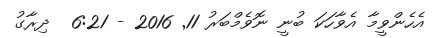
އެހެންވީމާ އެވާހަކަ ބުނީ ނޮވެމްބަރު 11